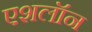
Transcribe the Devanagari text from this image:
एशलॉन